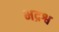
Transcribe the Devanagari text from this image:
भद्रश्व